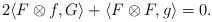
LaTeX: \begin{align*} 2\langle F\otimes f,G\rangle + \langle F\otimes F,g\rangle=0.\end{align*}